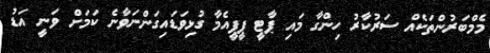
މެމްބަރުންތަކެއް ސަރުކާރު ހިންގާ މައި ޕާޓީ ޕީޕީއެމާ ގުޅިވަޑައިގަންނަވާނެ ކަމަށް ވަނީ އަޑު